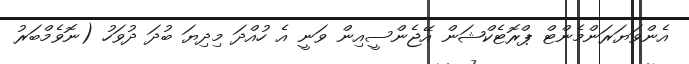
އެންވަޔަރަންމެންޓް ޕްރޮޓެކްޝަން އޭޖެންސީއިން ވަނީ އެ ހުއްދަ މިދިޔަ ބުދަ ދުވަހު (ނޮވެމްބަރު